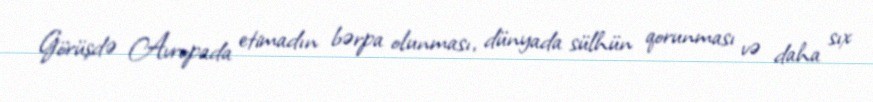
Görüşdə Avropada etimadın bərpa olunması, dünyada sülhün qorunması və daha sıx